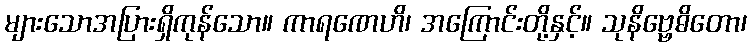
များသောအပြားရှိကုန်သော။ ကာရဏေဟိ၊ အကြောင်းတို့နှင့်။ သုနိဗ္ဗေဓိတော၊